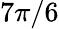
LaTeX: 7\pi/6